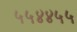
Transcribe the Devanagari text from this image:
५५४४५५